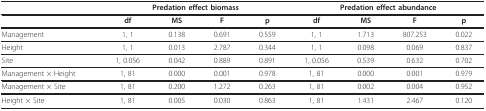
<table><thead><tr><td></td><td colspan="4"><b>Predation effect biomass</b></td><td colspan="4"><b>Predation effect abundance</b></td></tr></thead><tbody><tr><td></td><td><b>df</b></td><td><b>MS</b></td><td><b>F</b></td><td><b>p</b></td><td><b>df</b></td><td><b>MS</b></td><td><b>F</b></td><td><b>p</b></td></tr><tr><td>Management</td><td>1, 1</td><td>0.138</td><td>0.691</td><td>0.559</td><td>1, 1</td><td>1.713</td><td>807.253</td><td>0.022</td></tr><tr><td>Height</td><td>1, 1</td><td>0.013</td><td>2.787</td><td>0.344</td><td>1, 1</td><td>0.098</td><td>0.069</td><td>0.837</td></tr><tr><td>Site</td><td>1, 0.056</td><td>0.042</td><td>0.889</td><td>0.891</td><td>1, 0.056</td><td>0.539</td><td>0.632</td><td>0.702</td></tr><tr><td>Management × Height</td><td>1, 81</td><td>0.000</td><td>0.001</td><td>0.978</td><td>1, 81</td><td>0.000</td><td>0.001</td><td>0.979</td></tr><tr><td>Management × Site</td><td>1, 81</td><td>0.200</td><td>1.272</td><td>0.263</td><td>1, 81</td><td>0.002</td><td>0.004</td><td>0.952</td></tr><tr><td>Height × Site</td><td>1, 81</td><td>0.005</td><td>0.030</td><td>0.863</td><td>1, 81</td><td>1.431</td><td>2.467</td><td>0.120</td></tr></tbody></table>